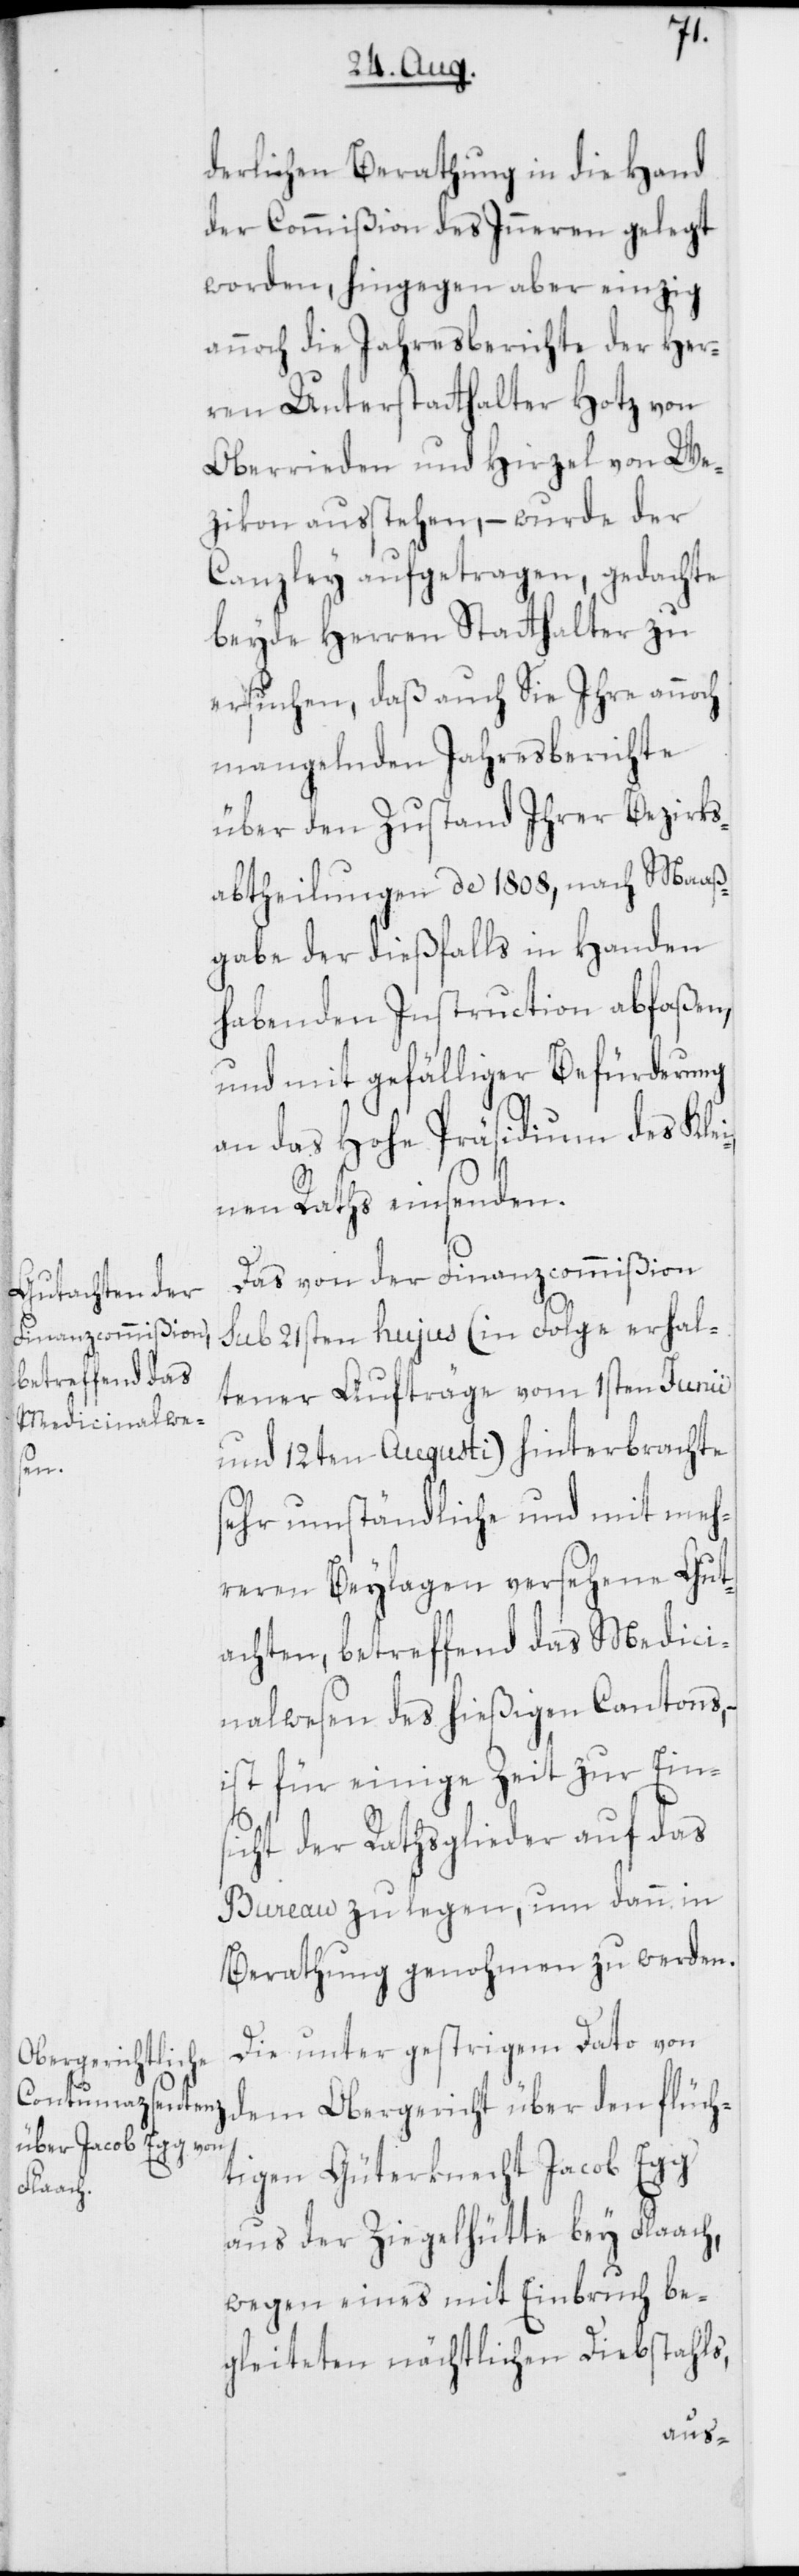
derlichen Berathung in die Hand
der Commißion des Inneren gelegt
worden, hingegen aber einzig
annoch die Jahresberichte der Her¬
ren Unterstatthalter Hotz von
Oberrieden und Hirzel von We¬
zikon ausstehen, – wurde der
Canzley aufgetragen, gedachte
beyde Herren Statthalter zu
ersuchen, daß auch Sie Ihre annoch
mangelnden Jahresberichte
über den Zustand ihrer Bezirks¬
abtheilungen de 1808, nach Maaß¬
gabe der dießfalls in Handen
habenden Instruction abfaßen,
und mit gefälliger Befürderung
an das Hohe Präsidium des Klei¬
nen Raths einsenden.
Das von der Finanzcommißion
sub 21sten hujus (in Folge erhal¬
tener Aufträge vom 1sten Junii
und 12ten Augusti) hinterbrachte
sehr umständliche und mit meh¬
reren Beylagen versehene Gut¬
achten, betreffend das Medici¬
nalwesen des hießigen Cantons,
ist für einige Zeit zur Eins¬
icht der Rathsglieder auf das
Bureau zu legen, um dann in
Berathung genohmen zu werden.
Die unter gestrigem Dato von
dem Obergericht über den flüch¬
tigen Güterknecht Jacob Egg
aus der Ziegelhütte bey Flaach,
wegen eines mit Einbruch be¬
gleiteten nächtlichen Diebstahls,